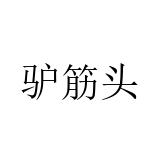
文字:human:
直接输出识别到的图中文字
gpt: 驴筋头